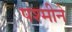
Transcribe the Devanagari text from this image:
पश्मीने